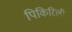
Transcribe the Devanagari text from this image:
पिकिरिली